Indian journal of veterinary science and animal husbandry - Volume 12,
Year: 1942
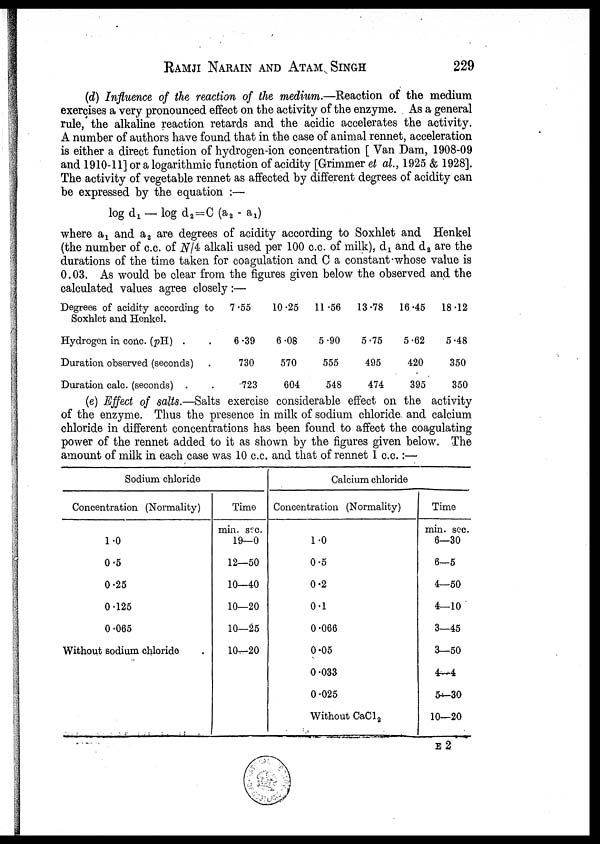
RAMJI NARAIN AND ATAM SINGH 229
(d) Influence of the reaction of the medium.—Reaction of the medium
exercises a very pronounced effect on the activity of the enzyme. As a general
rule, the alkaline reaction retards and the acidic accelerates the activity.
A number of authors have found that in the case of animal rennet, acceleration
is either a direct function of hydrogen-ion concentration [ Van Dam, 1908-09
and 1910-11] or a logarithmic function of acidity [Grimmer et al., 1925 & 1928].
The activity of vegetable rennet as affected by different degrees of acidity can
be expressed by the equation :—
log d 1 — log d 2 =C (a 2 - a 1 )
where a 1 and a 2 are degrees of acidity according to Soxhlet and Henkel
(the number of c.c. of N/4 alkali used per 100 c.c. of milk), d 1 and d 2 are the
durations of the time taken for coagulation and C a constant-whose value is
0.03. As would be clear from the figures given below the observed and the
calculated values agree closely:—
Degrees of acidity according to
Soxhlet and Henkel.
Hydrogen in conc. (pH.) . .
Duration observed (seconds) .
Duration calc. (seconds) . .
7.55
6.39
730
723
10.25
6.08
570
604
11.56
5.90
555
548
13.78
5.75
495
474
16.45
5.62
420
395
18.12
5.48
350
350
(e) Effect of salts.—Salts exercise considerable effect on the activity
of the enzyme. Thus the presence in milk of sodium chloride and calcium
chloride in different concentrations has been found to affect the coagulating
power of the rennet added to it as shown by the figures given below. The
amount of milk in each case was 10 c.c. and that of rennet 1 c.c.:—
Sodium chloride
Concentration (Normality)
1.0
0.5
0.25
0.125
0.065
Without sodium chloride
Time
min. sec.
19—0
12—50
10—40
10—20
10—25
10—20
Calcium chloride
Concentration (Normality)
1.0
0.5
0.2
0.1
0.066
0.05
0.033
0.025
Without CaCl 2
Time
min. sec.
6—30
6—5
4—50
4—10
3—45
3—50
4—4
5—30
10—20
E 2